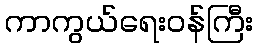
ကာကွယ်ရေးဝန်ကြီး